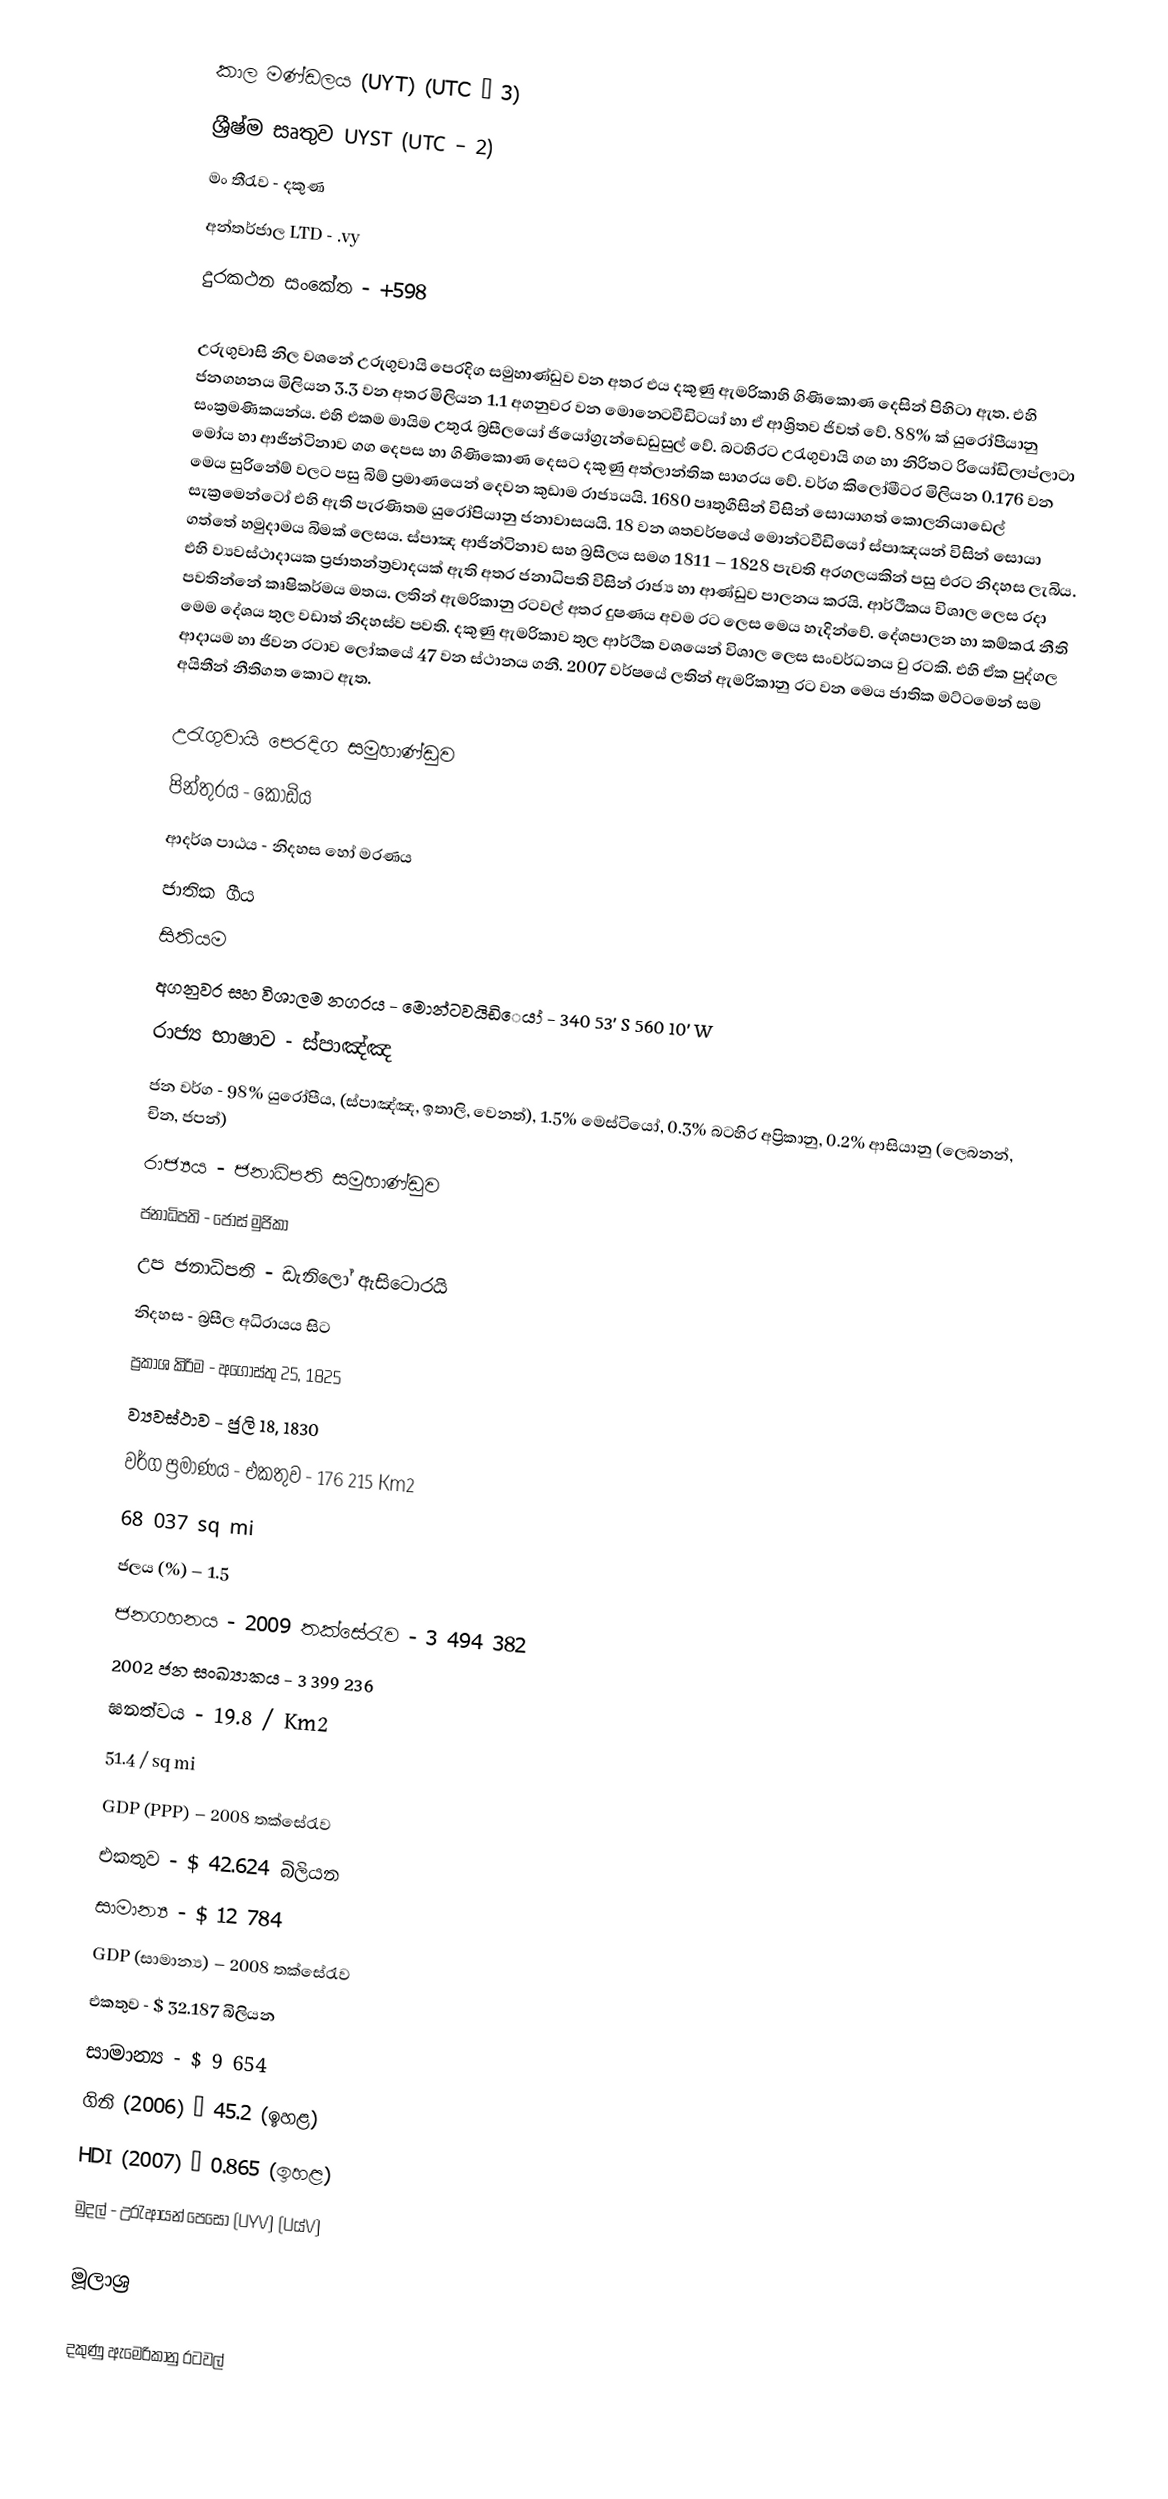
කාල මණ්ඩලය (UYT) (UTC – 3)
ශ්‍රීෂ්ම සෘතුව UYST (UTC – 2)
මං තීරැව - දකුණ
අන්තර්ජාල LTD - .vy
දුරකථන සංකේත - +598

උරුගුවාසි නිල වශනේ උරුගුවායි පෙරදිග සමුහාණ්ඩුව වන අතර එය දකුණු ඇමරිකාහි ගිණිකොණ දෙසින් පිහිටා ඇත. එහි ජනගහනය මිලියන 3.3 වන අතර මිලියන 1.1 අගනුවර වන මොන‍්ටෙවීඩිටයා් හා ඒ ආශ්‍රිතව ජිවත් වේ. 88% ක් යුරෝපීයානු සංක්‍රමණිකයන්ය. එහි එකම මායිම උතුරැ බ්‍රසීලයෝ ජියෝග්‍රැන්ඩෙඩුසුල් වේ. බටහිරට උරැගුවායි ගග හා නිරිතට රියෝඩිලාප්ලාටා මෝය හා ආජින්ටිනාව ගග දෙපස හා ගිණිකොණ දෙසට දකුණු අත්ලාන්තික සාගරය වේ. වර්ග කිලෝමීටර මිලියන 0.176 වන මෙය සුරිනේම් වලට පසු බිම් ප්‍රමාණයෙන් දෙවන කුඩාම රාජ්‍යයයි. 1680 පෘතුගීසින් විසින් සොයාගත් කොලනියාඩෙල් සැක්‍රමෙන්ටෝ එහි ඇති පැරණිතම යුරෝපියානු ජනාවාසයයි. 18 වන ශතවර්ෂයේ මොන්ටවීඩියෝ ස්පාඤයන් විසින් සොයා ගත්තේ හමුදාමය බිමක් ලෙසය. ස්පාඤ ආජින්ටිනාව සහ බ්‍රසීලය සමග 1811 – 1828 පැවති අරගලයකින් පසු එරට නිදහස ලැබිය. එහි ව්‍යවස්ථාදායක ප්‍රජාතන්ත්‍රවාදයක් ඇති අතර ජනාධිපති විසින් රාජ්‍ය හා ආණ්ඩුව පාලනය කරයි. ආර්ථිකය විශාල ලෙස රදා පවතින්නේ කෘෂිකර්මය මතය. ලතින් ඇමරිකානු රටවල් අතර දුෂණය අවම රට ලෙස මෙය හැදින්වේ. දේශපාලන හා කම්කරැ නීති මෙම දේශය තුල වඩාත් නිදහස්ව පවති. දකුණු ඇමරිකාව ‍තුල ආර්ථික වශයෙන් විශාල ලෙස සංවර්ධනය වු රටකි. එහි ඒක පුද්ගල ආදායම හා ජිවන රටාව ලෝකයේ 47 වන ස්ථානය ගනී. 2007 වර්ෂයේ ලතින් ඇමරිකානු රට වන මෙය ජාතික මට්ටමෙන් සම අයිතීන් නීතිගත කොට ඇත.

උරැගුවායි පෙරදිග සමුහාණ්ඩුව
පින්තුරය - කොඩිය
ආදර්ශ පාඨය - නිදහස හෝ මරණය
ජාතික ගීය
සිතියම
අගනුවර සහ විශාලම නගරය - මොන්ටවයිඩි‍ෙයා් - 340 53' S 560 10' W
රාජ්‍ය භාෂාව - ස්පාඤ්ඤ
ජන වර්ග - 98% යුරෝපීය, (ස්පාඤ්ඤ, ඉතාලි, වෙනත්), 1.5% මෙස්ටියෝ, 0.3% බටහිර අප්‍රිකානු, 0.2% ආසියානු (ලෙබනන්, චින, ජපන්)
රාජ්‍යය - ජනාධිපති සමුහාණ්ඩුව
ජනාධිපති - ජෝස් මුජිකා
උප ජනාධිපති - ඩැනිලෝ ඇසිටොරයි
නිදහස - බ්‍රසීල අධිරායය සිට
ප්‍රකාශ කිරිම - අගෝස්තු 25, 1825
ව්‍යවස්ථාව - ජුලි 18, 1830
වර්ග ප්‍රමාණය -	එකතුව	-	176 215 Km2
			68 037 sq mi
ජලය (%) – 1.5
ජනගහනය - 2009 තක්සේරැව - 3 494 382
2002 ජන සංඛ්‍යාකය - 3 399 236
ඝනත්වය	-	19.8 / Km2
			51.4 / sq mi
GDP (PPP) – 2008 තක්සේරැව
එකතුව - $ 42.624 බිලියන
සාමාන්‍ය - $ 12 784
GDP (සාමාන්‍ය) – 2008 තක්සේරැව
එකතුව - $ 32.187 බිලියන
සාමාන්‍ය - $ 9 654
ගිනි (2006) – 45.2 (ඉහළ)
HDI (2007) – 0.865 (ඉහළ)
මුදල් - උරැආයන් පෙසෝ (UYV) (U‍ය්V)

මූලාශ්‍ර

දකුණු ඇමෙරිකානු රටවල්